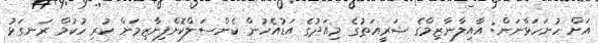
އަށް ހުށަހަޅާނަން: އާއިލާނާޒިމްގެ ޝަރީއަތުގެ މިއަދުގެ އަޑުއެހުން ކެންސަލްކޮށްފިނާޒިމަށް ކުރި ހުކުމް ރަނގަޅު